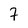
Character: 7